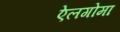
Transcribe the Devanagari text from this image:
ऐलगोमा